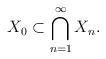
LaTeX: \begin{align*}X_0\subset\bigcap_{n=1}^\infty X_n.\end{align*}